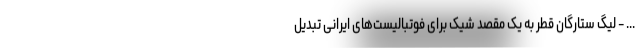
... - لیگ ستارگان قطر به یک مقصد شیک برای فوتبالیست‌های ایرانی تبدیل